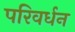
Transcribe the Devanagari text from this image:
परिवर्धन